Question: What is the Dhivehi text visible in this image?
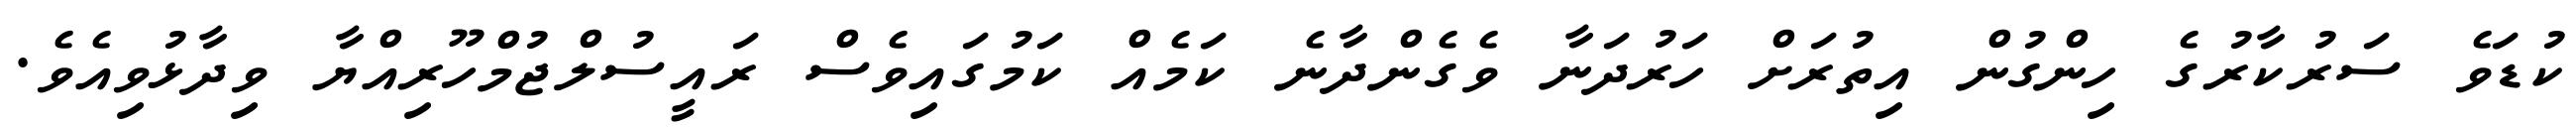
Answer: ކުޑަވެ ސަރުކާރުގެ ހިންގުން އިތުރަށް ހަރުދަނާ ވެގެންދާނެ ކަމެއް ކަމުގައިވެސް ރައީސުލްޖުމްހޫރިއްޔާ ވިދާޅުވިއެވެ.